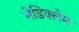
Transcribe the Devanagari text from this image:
मेडिक्लेम